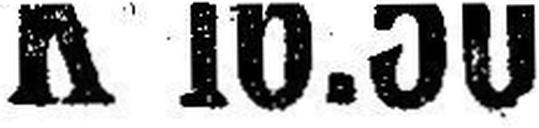
K 16.50